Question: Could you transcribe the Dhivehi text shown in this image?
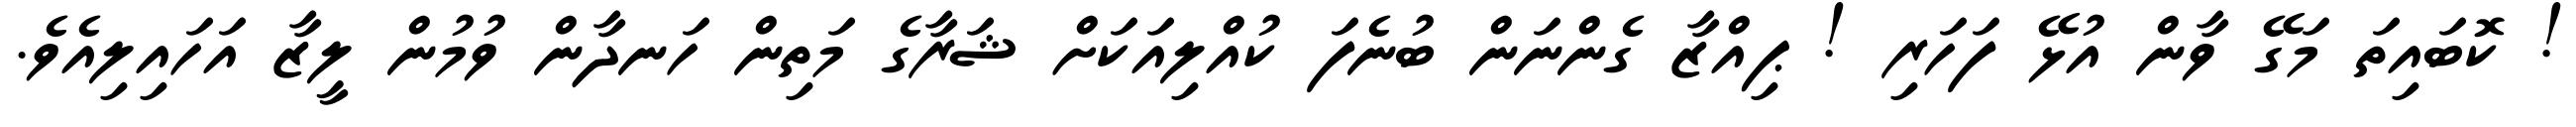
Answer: ! ކޮބައިތަ މަގޭ ވާން އުޅޭ ފަހަރި ! ޕިއްޒާ ގެންނަން ބުނެފަ ކުއްލިއަކަށް ޝަރާގެ މަތިން ހަނދާން ވުމުން ލީޒާ އަހައިލިއެވެ.